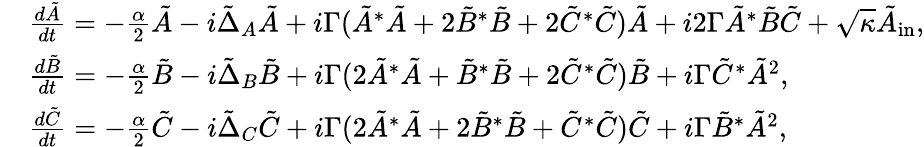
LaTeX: \begin{array}{rl}&{\frac{d\tilde{A}}{dt}=-\frac{\alpha}{2}\tilde{A}-i\tilde{\Delta}_{A}\tilde{A}+i\Gamma(\tilde{A}^{\ast}\tilde{A}+2\tilde{B}^{\ast}\tilde{B}+2\tilde{C}^{\ast}\tilde{C})\tilde{A}+i2\Gamma\tilde{A}^{\ast}\tilde{B}\tilde{C}+\sqrt{\kappa}\tilde{A}_{\mathrm{in}},}\\ &{\frac{d\tilde{B}}{dt}=-\frac{\alpha}{2}\tilde{B}-i\tilde{\Delta}_{B}\tilde{B}+i\Gamma(2\tilde{A}^{\ast}\tilde{A}+\tilde{B}^{\ast}\tilde{B}+2\tilde{C}^{\ast}\tilde{C})\tilde{B}+i\Gamma\tilde{C}^{\ast}\tilde{A}^{2},}\\ &{\frac{d\tilde{C}}{dt}=-\frac{\alpha}{2}\tilde{C}-i\tilde{\Delta}_{C}\tilde{C}+i\Gamma(2\tilde{A}^{\ast}\tilde{A}+2\tilde{B}^{\ast}\tilde{B}+\tilde{C}^{\ast}\tilde{C})\tilde{C}+i\Gamma\tilde{B}^{\ast}\tilde{A}^{2},}\end{array}